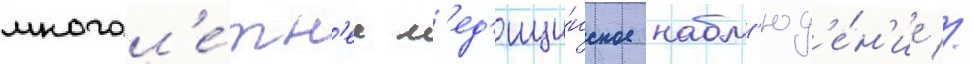
многол'е́тн'ее м'ед'ици́нское набл'юд'е́н'ие //